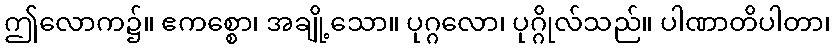
ဤလောက၌။ ဧကစ္စော၊ အချို့သော။ ပုဂ္ဂလော၊ ပုဂ္ဂိုလ်သည်။ ပါဏာတိပါတာ၊